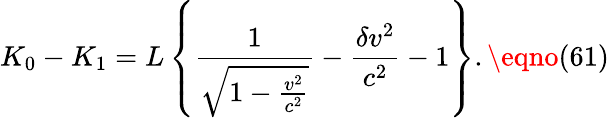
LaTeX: K_{0}-K_{1}=L\left\{ \frac{1}{\sqrt{1-\frac{v^{2}}{c^{2}}}}-\frac{\delta v^{2}}{c^{2}}-1\right\} .\eqno(61)